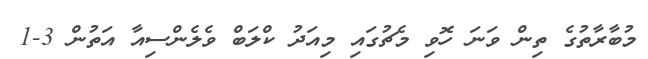
މުބާރާތުގެ ތިން ވަނަ ހޮވި މެޗުގައި މިއަދު ކްލަބް ވެލެންސިއާ އަތުން 3-1